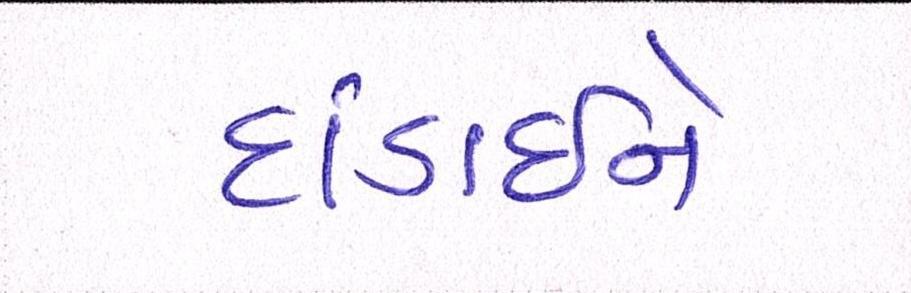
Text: દાંડાઈને